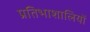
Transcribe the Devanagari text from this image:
प्रतिभाशालियों